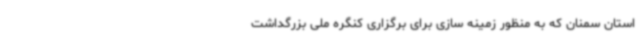
استان سمنان که به منظور زمینه سازی برای برگزاری کنگره ملی بزرگداشت